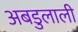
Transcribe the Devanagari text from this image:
अबडुलाली